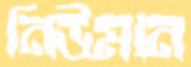
নিউমান